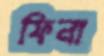
ফিনা